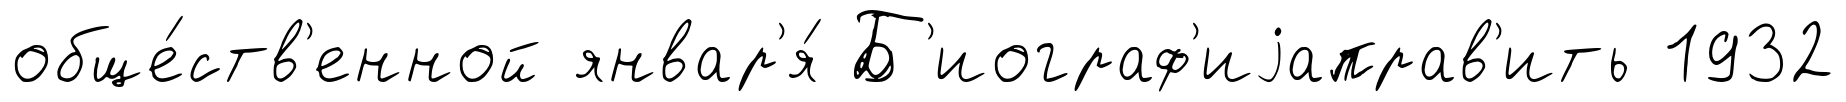
обще́ств'енной январ'я́ Б'иограф'иjаправ'ить 1932